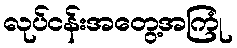
လုပ်ငန်းအတွေ့အကြုံ